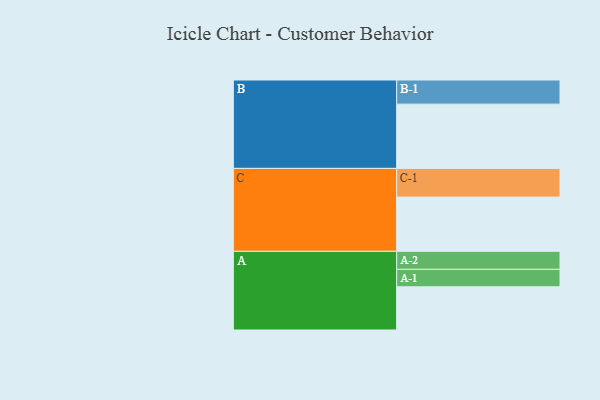
{"axis": {"x": "Segment", "y": "Value"}, "legend": ["", "A", "B", "C"], "data": [{"x": "A", "y": 324, "type": ""}, {"x": "B", "y": 482, "type": ""}, {"x": "C", "y": 407, "type": ""}, {"x": "A-1", "y": 131, "type": "A"}, {"x": "A-2", "y": 135, "type": "A"}, {"x": "B-1", "y": 181, "type": "B"}, {"x": "C-1", "y": 215, "type": "C"}]}